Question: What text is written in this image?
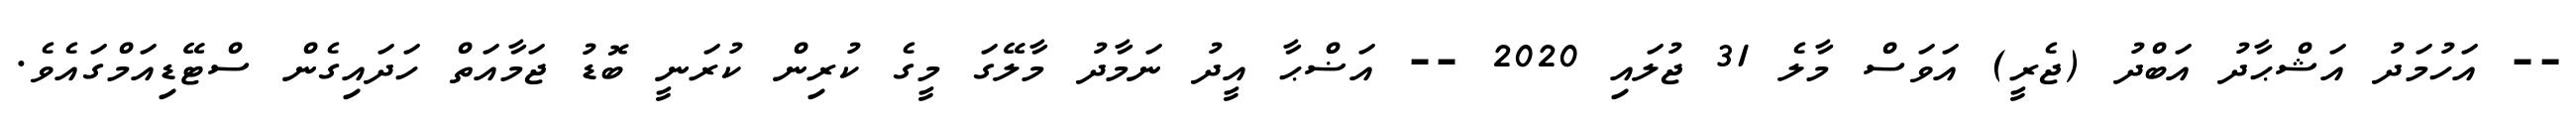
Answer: -- އަހުމަދު އަޝްޙާދު އަބްދު (ޖެރީ) އަވަސް މާލެ 31 ޖުލައި 2020 -- އަޟްޙާ އީދު ނަމާދު މާލޭގަ މީގެ ކުރިން ކުރަނީ ބޮޑު ޖަމާއަތް ހަދައިގެން ސްޓޭޑިއަމްގައެވެ.